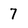
Character: 7